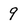
Character: 9